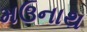
મઉનાથ